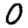
Digit: 0